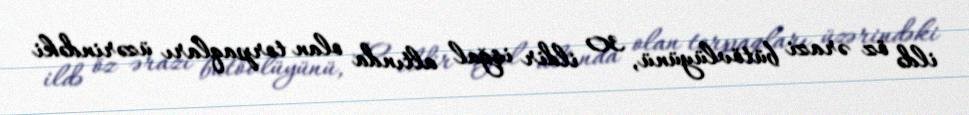
ildə öz ərazi bütövlüyünü, 30 ildir işğal altında olan torpaqları üzərindəki